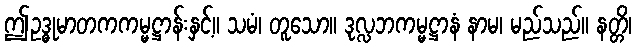
ဤဥဒ္ဓုမာတကကမ္မဋ္ဌာန်းနှင့်။ သမံ၊ တူသော။ ဒုလ္လဘကမ္မဋ္ဌာနံ နာမ၊ မည်သည်။ နတ္တိ၊